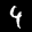
Label: 4